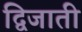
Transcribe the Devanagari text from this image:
द्विजाती